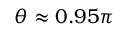
\theta \approx 0 . 9 5 \pi